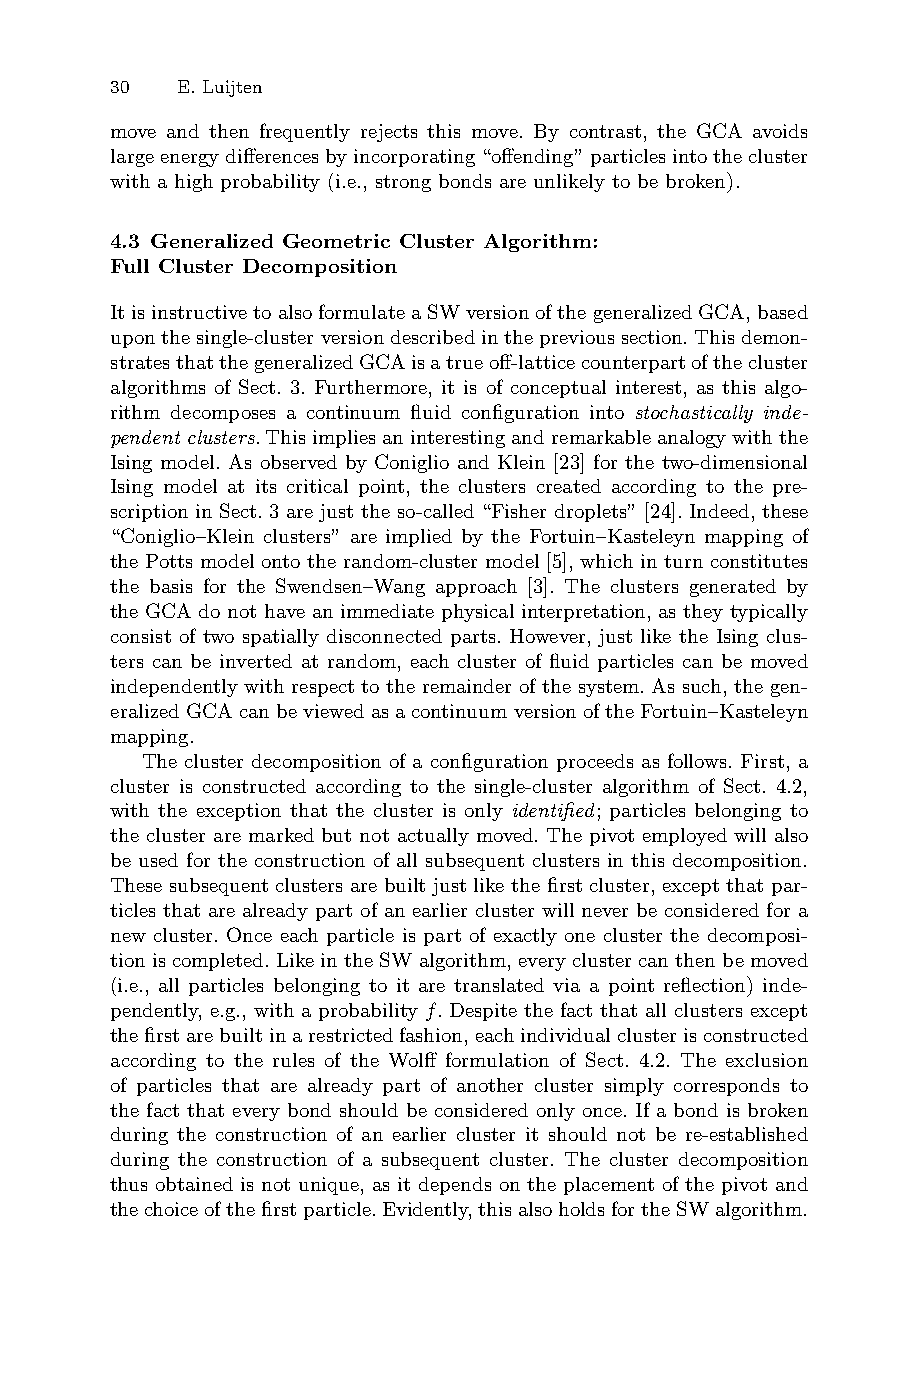
30 E. Luijten
 move and then frequently rejects this move. By contrast, the GCA avoids
 largeenergydifferencesbyincorporating“offending”particlesintothecluster
 with a high probability (i.e., strong bonds are unlikely to be broken).
 4.3 Generalized Geometric Cluster Algorithm:
 Full Cluster Decomposition
 ItisinstructivetoalsoformulateaSWversionofthegeneralizedGCA,based
 uponthesingle-clusterversiondescribedintheprevioussection.Thisdemon-
 stratesthatthegeneralizedGCAisatrueoff-latticecounterpartofthecluster
 algorithms of Sect. 3. Furthermore, it is of conceptual interest, as this algo-
 rithm decomposes a continuum fluid configuration into stochastically inde-
 pendent clusters.Thisimpliesaninterestingandremarkableanalogywiththe
 Ising model. As observed by Coniglio and Klein [23] for the two-dimensional
 Ising model at its critical point, the clusters created according to the pre-
 scription in Sect. 3 are just the so-called “Fisher droplets” [24]. Indeed, these
 “Coniglio–Klein clusters” are implied by the Fortuin–Kasteleyn mapping of
 the Potts model onto the random-cluster model [5], which in turn constitutes
 the basis for the Swendsen–Wang approach [3]. The clusters generated by
 the GCA do not have an immediate physical interpretation, as they typically
 consist of two spatially disconnected parts. However, just like the Ising clus-
 ters can be inverted at random, each cluster of fluid particles can be moved
 independently with respect to the remainder of the system. As such, the gen-
 eralizedGCAcanbeviewedasacontinuumversionoftheFortuin–Kasteleyn
 mapping.
 The cluster decomposition of a configuration proceeds as follows. First, a
 cluster is constructed according to the single-cluster algorithm of Sect. 4.2,
 with the exception that the cluster is only identified; particles belonging to
 the cluster are marked but not actually moved. The pivot employed will also
 be used for the construction of all subsequent clusters in this decomposition.
 These subsequent clusters are built just like the first cluster, except that par-
 ticles that are already part of an earlier cluster will never be considered for a
 new cluster. Once each particle is part of exactly one cluster the decomposi-
 tioniscompleted.LikeintheSWalgorithm,everyclustercanthenbemoved
 (i.e., all particles belonging to it are translated via a point reflection) inde-
 pendently, e.g., with a probability f. Despite the fact that all clusters except
 thefirstarebuiltinarestrictedfashion,eachindividualclusterisconstructed
 according to the rules of the Wolff formulation of Sect. 4.2. The exclusion
 of particles that are already part of another cluster simply corresponds to
 the fact that every bond should be considered only once. If a bond is broken
 during the construction of an earlier cluster it should not be re-established
 during the construction of a subsequent cluster. The cluster decomposition
 thus obtained is not unique, as it depends on the placement of the pivot and
 thechoiceofthefirstparticle.Evidently,thisalsoholdsfortheSWalgorithm.